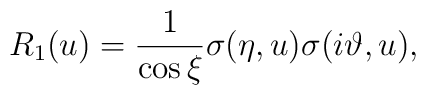
R_{1}(u)=\frac{1}{\cos \xi}\sigma (\eta,u) \sigma (i\vartheta,u),